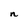
Character: n